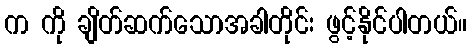
က ကို ချိတ်ဆက်သောအခါတိုင်း ဖွင့်နိုင်ပါတယ်။